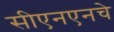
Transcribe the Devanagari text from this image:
सीएनएनचे